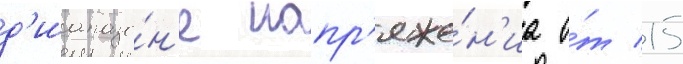
д'иапазо́н'е напр'яже́н'иа о́т 15